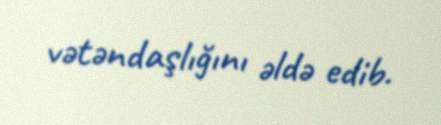
vətəndaşlığını əldə edib.